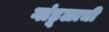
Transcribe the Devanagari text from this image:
गांडूळाची